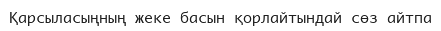
Қарсыласыңның жеке басын қорлайтындай сөз айтпа